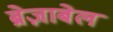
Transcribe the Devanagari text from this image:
ब्रेज़ाबेल